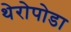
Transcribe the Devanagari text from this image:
थेरोपोडा